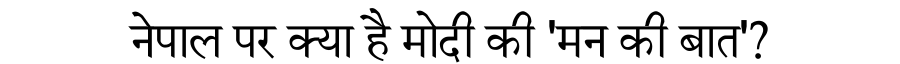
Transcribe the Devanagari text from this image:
नेपाल पर क्या है मोदी की 'मन की बात'?